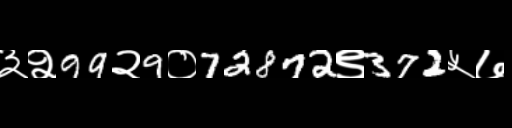
Text: ३२99२9०72872९372५७